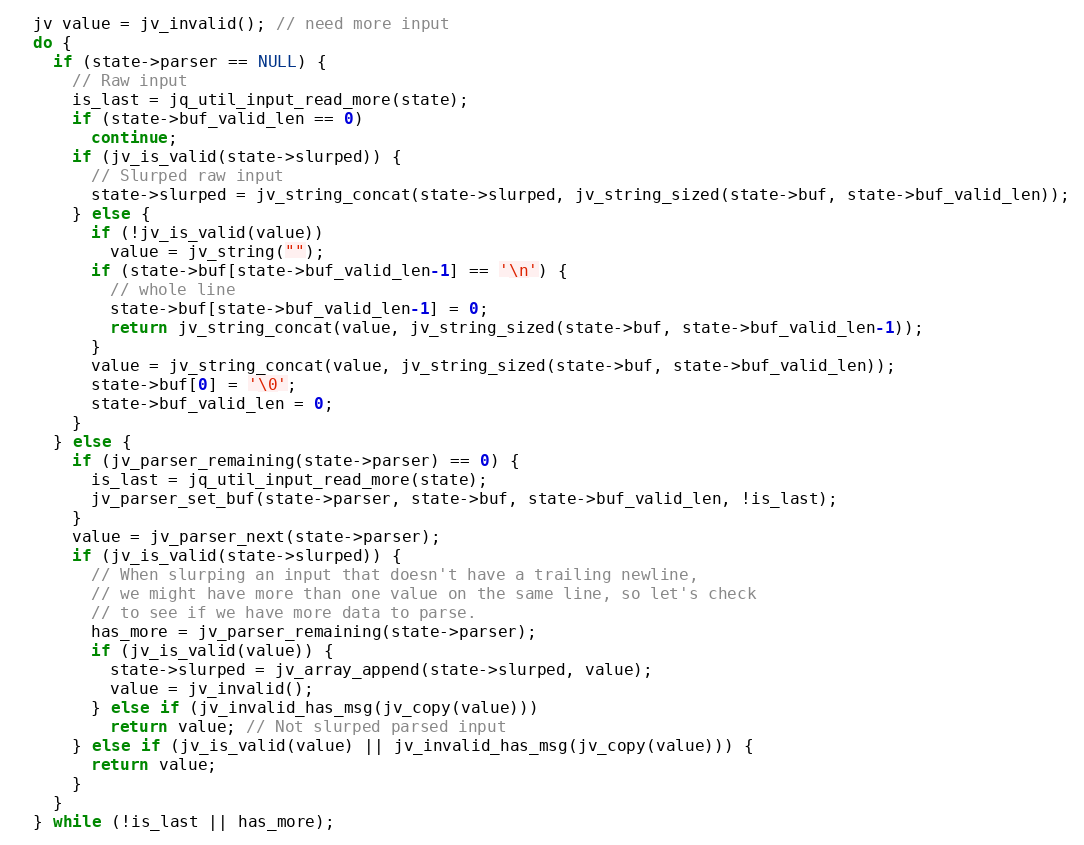
Language: C
  jv value = jv_invalid(); // need more input
  do {
    if (state->parser == NULL) {
      // Raw input
      is_last = jq_util_input_read_more(state);
      if (state->buf_valid_len == 0)
        continue;
      if (jv_is_valid(state->slurped)) {
        // Slurped raw input
        state->slurped = jv_string_concat(state->slurped, jv_string_sized(state->buf, state->buf_valid_len));
      } else {
        if (!jv_is_valid(value))
          value = jv_string("");
        if (state->buf[state->buf_valid_len-1] == '\n') {
          // whole line
          state->buf[state->buf_valid_len-1] = 0;
          return jv_string_concat(value, jv_string_sized(state->buf, state->buf_valid_len-1));
        }
        value = jv_string_concat(value, jv_string_sized(state->buf, state->buf_valid_len));
        state->buf[0] = '\0';
        state->buf_valid_len = 0;
      }
    } else {
      if (jv_parser_remaining(state->parser) == 0) {
        is_last = jq_util_input_read_more(state);
        jv_parser_set_buf(state->parser, state->buf, state->buf_valid_len, !is_last);
      }
      value = jv_parser_next(state->parser);
      if (jv_is_valid(state->slurped)) {
        // When slurping an input that doesn't have a trailing newline,
        // we might have more than one value on the same line, so let's check
        // to see if we have more data to parse.
        has_more = jv_parser_remaining(state->parser);
        if (jv_is_valid(value)) {
          state->slurped = jv_array_append(state->slurped, value);
          value = jv_invalid();
        } else if (jv_invalid_has_msg(jv_copy(value)))
          return value; // Not slurped parsed input
      } else if (jv_is_valid(value) || jv_invalid_has_msg(jv_copy(value))) {
        return value;
      }
    }
  } while (!is_last || has_more);